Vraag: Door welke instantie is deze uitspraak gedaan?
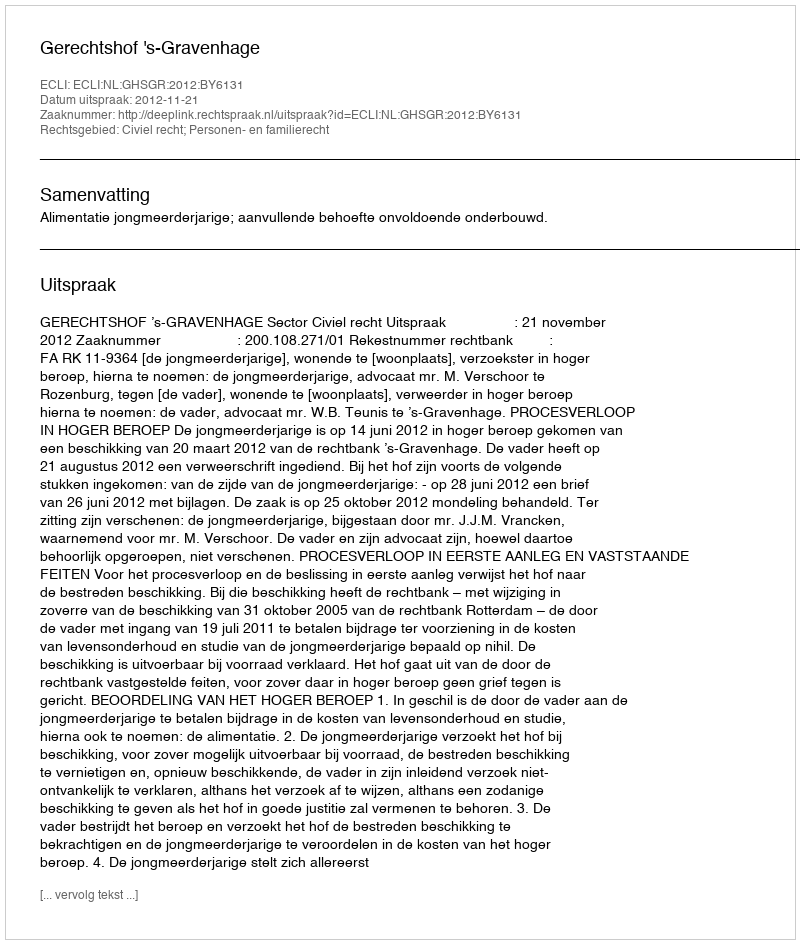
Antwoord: Gerechtshof 's-Gravenhage